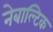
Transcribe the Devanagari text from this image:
नेबाल्टिक